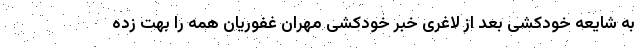
به شایعه خودکشی بعد از لاغری خبر خودکشی مهران غفوریان همه را بهت زده